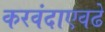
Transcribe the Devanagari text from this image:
करवंदाएवढे